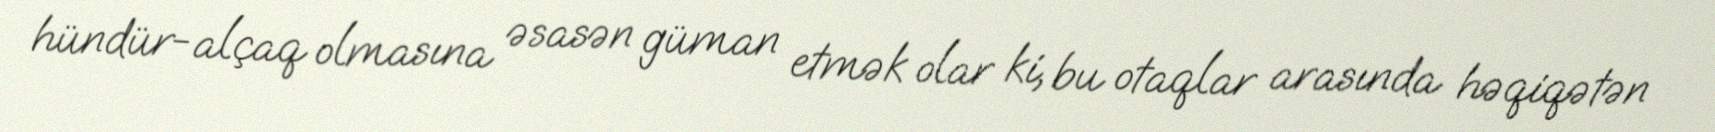
hündür-alçaq olmasına əsasən güman etmək olar ki, bu otaqlar arasında həqiqətən